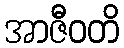
အာဇီဝတိ